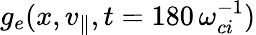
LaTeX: g_{e}(x,v_{\parallel},t=180\, \omega_{ci}^{-1})